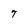
Character: 7